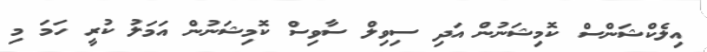
އިލެކްޝަންސް ކޮމިޝަނުން އަދި ސިވިލް ސާވިސް ކޮމިޝަނުން އަމަލު ކުރީ ހަމަ މި